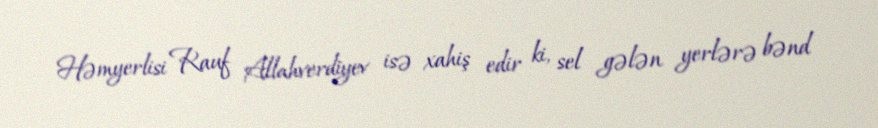
Həmyerlisi Rauf Allahverdiyev isə xahiş edir ki, sel gələn yerlərə bənd